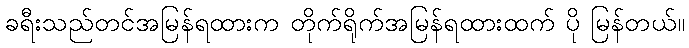
ခရီးသည်တင်အမြန်ရထားက တိုက်ရိုက်အမြန်ရထားထက် ပို မြန်တယ်။